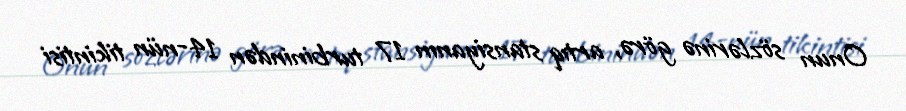
Onun sözlərinə görə, artıq stansiyanın 17 turbinindən 14-nün tikintisi